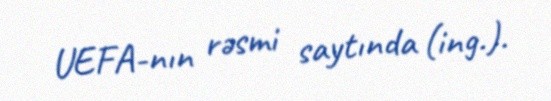
UEFA-nın rəsmi saytında (ing.).